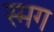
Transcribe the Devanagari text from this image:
स्मग